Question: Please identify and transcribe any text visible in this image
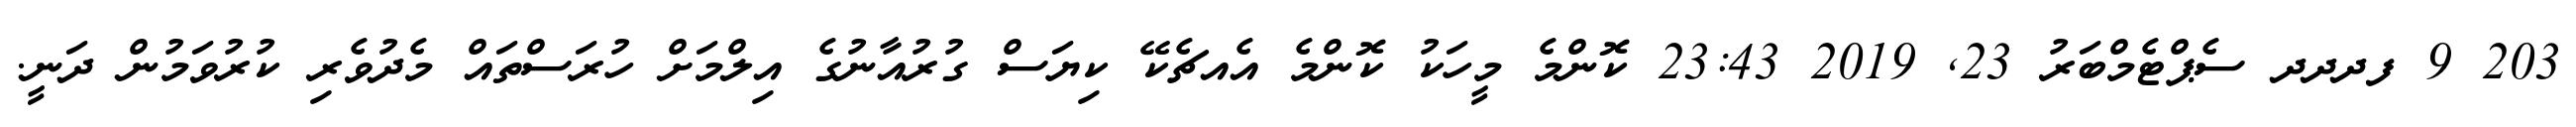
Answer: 203 9 ފދދދ ސެޕްޓެމްބަރު 23, 2019 23:43 ކޮންމެ މީހަކު ކޮންމެ އެއޗެކޭ ކިޔަސް ގުރުއާނުގެ އިލްމަށް ހުރަސްތައް މެދުވެރި ކުރުވަމުން ދަނީ.